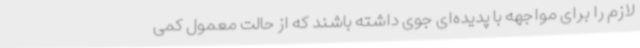
لازم را برای مواجهه با پدیده‌ای جوی داشته باشند که از حالت معمول کمی